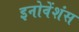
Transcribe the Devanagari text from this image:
इनोवेंशंस